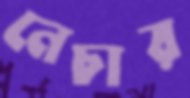
নেচার